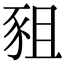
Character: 豠